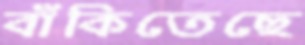
বাঁকিতেছে